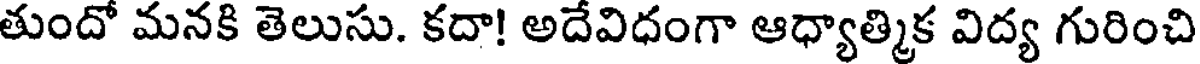
తుందో మనకి తెలుసు. కదా! అదేవిధంగా ఆధ్యాత్మిక విద్య గురించి